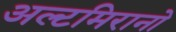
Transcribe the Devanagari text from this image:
अल्टमिरानो